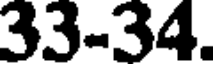
33-34.